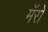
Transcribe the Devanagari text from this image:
मॅरो